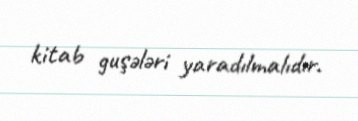
kitab guşələri yaradılmalıdır.